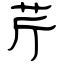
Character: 芹